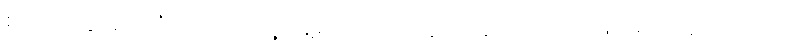
စတာတွေအားလုံးက ကိုယ့်ရဲ့ နေ့စဉ်ဘဝအတွင်း အံဝင်ဂွင်ကျ ဖြစ်ဖို့ လိုအပ်ပါတယ်။